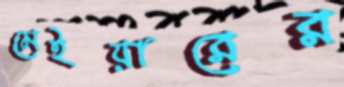
মেইয়ারের